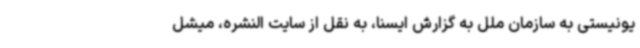
یونیستی به سازمان ملل به گزارش ایسنا، به نقل از سایت النشره، میشل